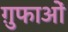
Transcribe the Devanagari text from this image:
ग़ुफाओं